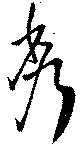
秀